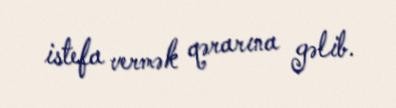
istefa vermək qərarına gəlib.